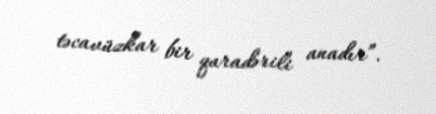
təcavüzkar bir qaradərili anadır”.